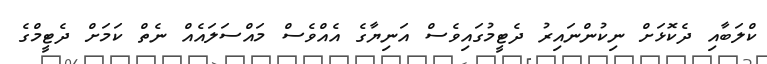
ކްލަބާއި ދެކޮޅަށް ނިކުންނައިރު ދެޓީމުގައިވެސް އަނިޔާގެ އެއްވެސް މައްސަލައެއް ނެތް ކަމަށް ދެޓީމްގެ